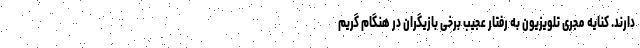
دارند. کنایه مجری تلویزیون به رفتار عجیب برخی بازیگران در هنگام گریم